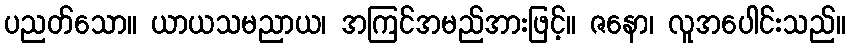
ပညတ်သော။ ယာယသမညာယ၊ အကြင်အမည်အားဖြင့်။ ဇနော၊ လူအပေါင်းသည်။